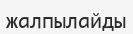
жалпылайды